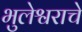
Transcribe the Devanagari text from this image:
भुलेश्वराचे